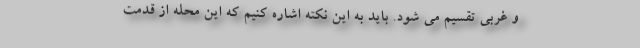
و غربی تقسیم می شود. باید به این نکته اشاره کنیم که این محله از قدمت